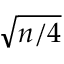
\sqrt { n / 4 }